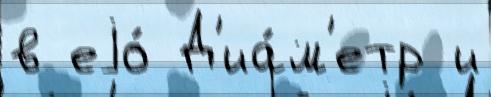
в еjо́ Д'иа́м'етр и